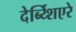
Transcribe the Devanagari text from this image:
देर्ब्य्शिएरे